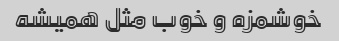
خوشمزه و خوب مثل همیشه